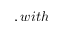
, w i t h